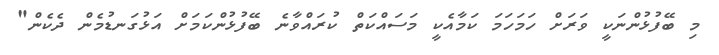
މި ބޭފުޅުންނަކީ ވަރަށް ހަމަހަމަ ކަމާއެކީ މަސައްކަތް ކުރައްވާނެ ބޭފުޅުންކަމަށް އަޅުގަނޑުމެން ދެކެން"